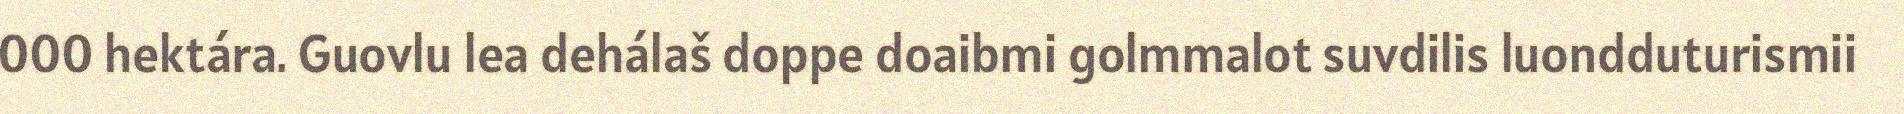
000 hektára. Guovlu lea dehálaš doppe doaibmi golmmalot suvdilis luondduturismii